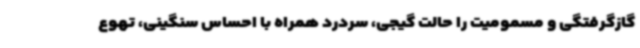
گازگرفتگی و مسمومیت را حالت گیجی، سردرد همراه با احساس سنگینی، تهوع